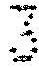
3